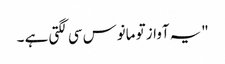
"یہ آواز تو مانوس سی لگتی ہے ۔